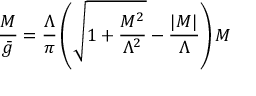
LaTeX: { \frac { M } { { \bar { g } } } } = { \frac { \Lambda } { \pi } } \left( { \sqrt { 1 + { \frac { M ^ { 2 } } { \Lambda ^ { 2 } } } } } - { \frac { \vert M \vert } { \Lambda } } \right) M